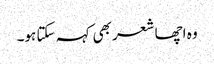
وہ اچھا شعر بھی کہہ سکتا ہو۔